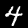
Digit: 4